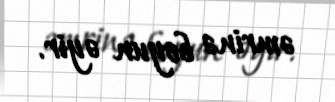
əmrinə boyun əyir.